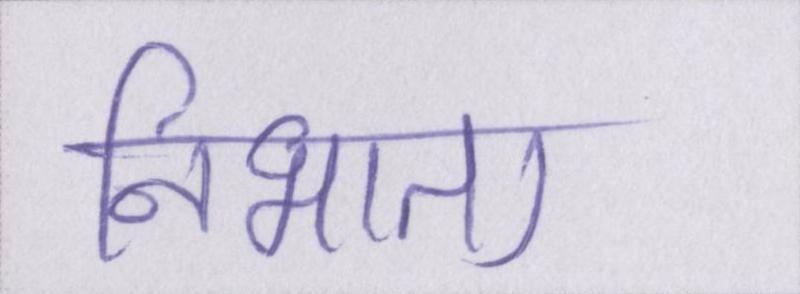
निभाता